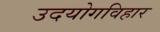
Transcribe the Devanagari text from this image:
उदयोगविहार